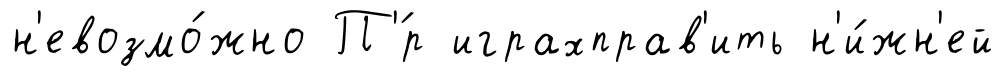
н'евозмо́жно П'́р играхправ'ить н'и́жн'ей